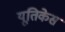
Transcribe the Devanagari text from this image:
यूतिकेस